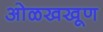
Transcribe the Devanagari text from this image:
ओळखखूण